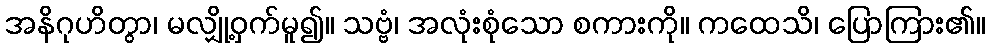
အနိဂုဟိတွာ၊ မလျှို့ဝှက်မူ၍။ သဗ္ဗံ၊ အလုံးစုံသော စကားကို။ ကထေသိ၊ ပြောကြား၏။